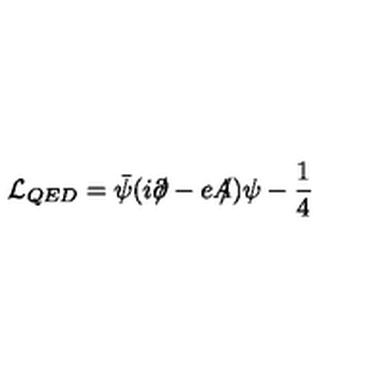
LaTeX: \mathcal { L } _ { Q E D } = \bar { \psi } ( i \partial \! \! \! / - e A \! \! \! / ) \psi - \frac { 1 } { 4 }